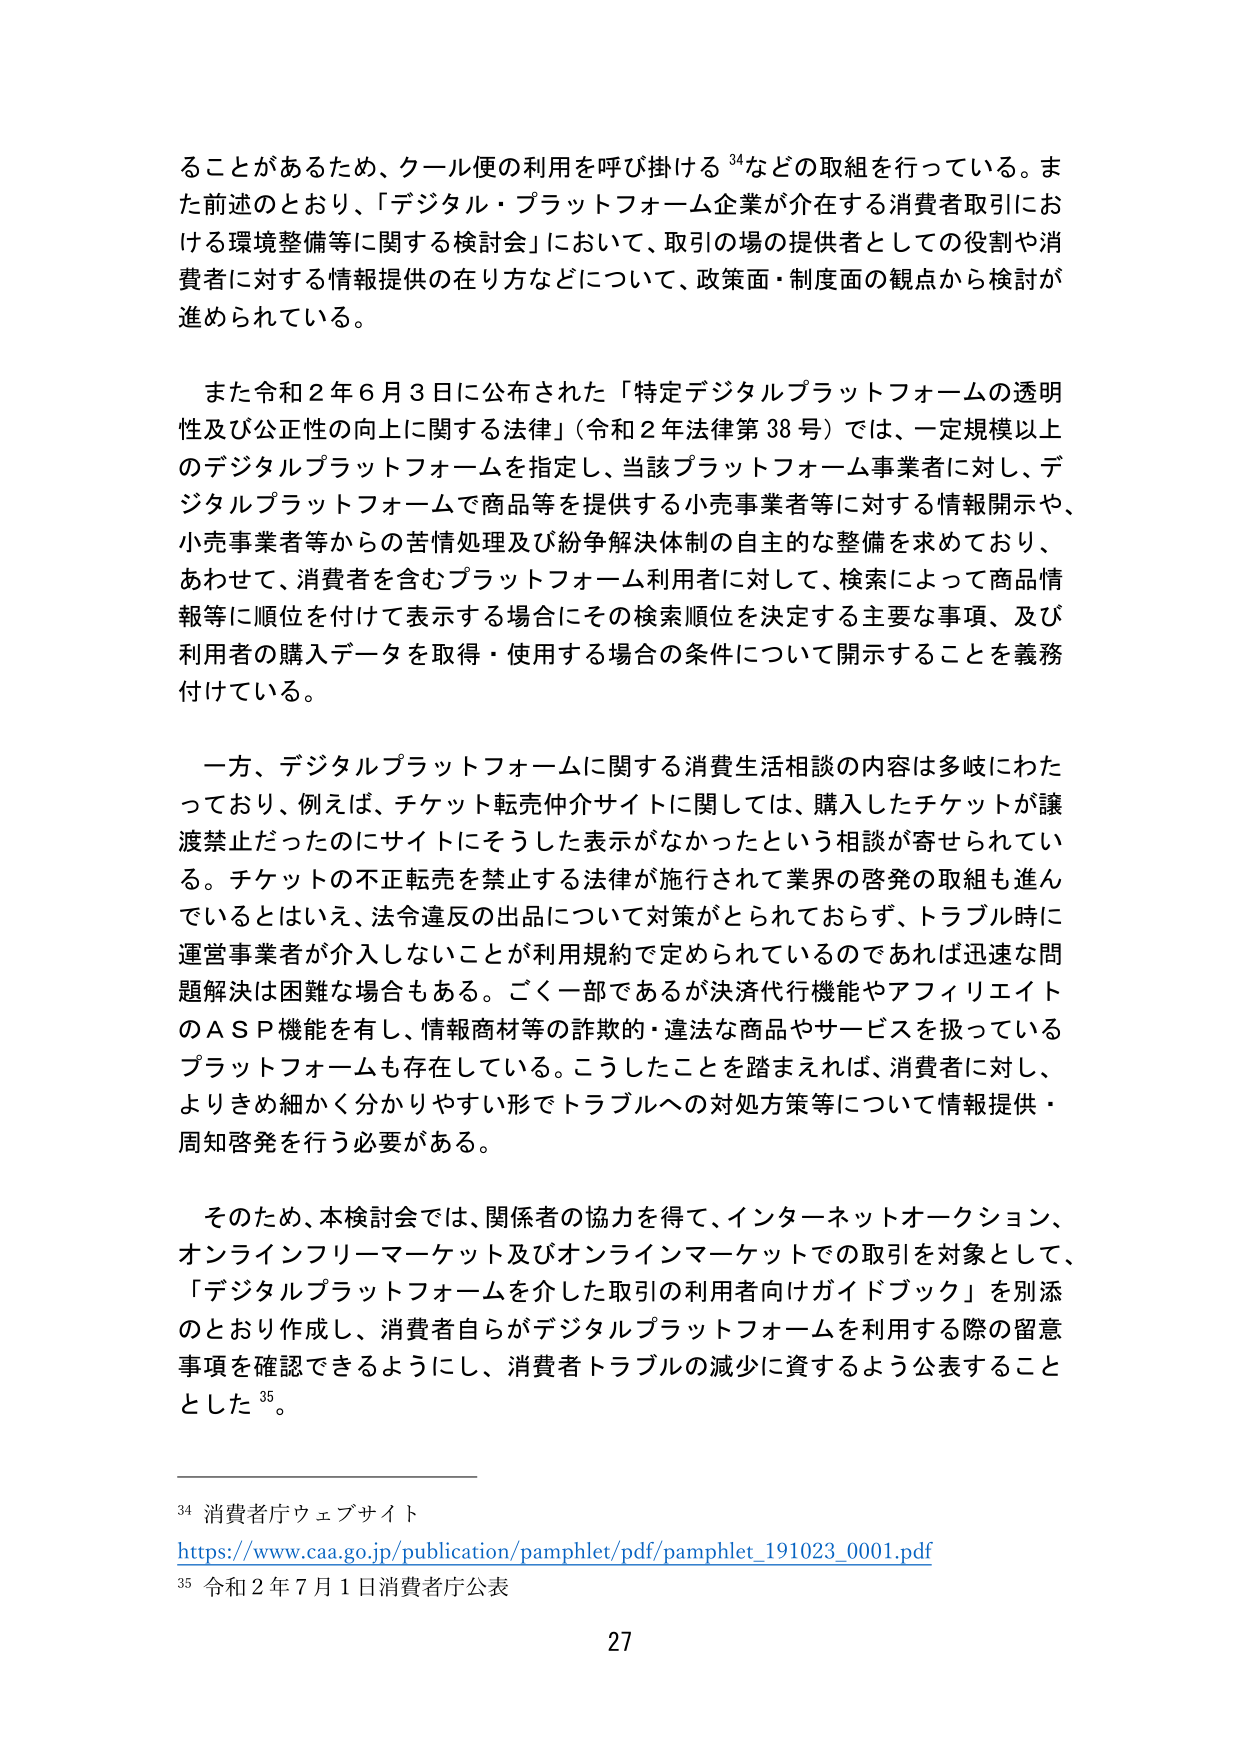
ることがあるため、クール便の利用を呼び掛ける34などの取組を行っている。また前述のとおり、「デジタル・プラットフォーム企業が介在する消費者取引における環境整備等に関する検討会」において、取引の場の提供者としての役割や消費者に対する情報提供の在り方などについて、政策面・制度面の観点から検討が進められている。

また令和２年６月３日に公布された「特定デジタルプラットフォームの透明性及び公正性の向上に関する法律」（令和２年法律第38号）では、一定規模以上のデジタルプラットフォームを指定し、当該プラットフォーム事業者に対し、デジタルプラットフォームで商品等を提供する小売事業者等に対する情報開示や、小売事業者等からの苦情処理及び紛争解決体制の自主的な整備を求めており、あわせて、消費者を含むプラットフォーム利用者に対して、検索によって商品情報等に順位を付けて表示する場合にその検索順位を決定する主要な事項、及び利用者の購入データを取得・使用する場合の条件について開示することを義務付けている。

一方、デジタルプラットフォームに関する消費生活相談の内容は多岐にわたっており、例えば、チケット転売仲介サイトに関しては、購入したチケットが譲渡禁止だったのにサイトにそうした表示がなかったという相談が寄せられている。チケットの不正転売を禁止する法律が施行されて業界の啓発の取組も進んでいるとはいえ、法令違反の出品について対策がとられておらず、トラブル時に運営事業者が介入しないことが利用規約で定められているのであれば迅速な問題解決は困難な場合もある。ごく一部であるが決済代行機能やアフィリエイトのASP機能を有し、情報商材等の詐欺的・違法な商品やサービスを扱っているプラットフォームも存在している。こうしたことを踏まえれば、消費者に対し、よりきめ細かく分かりやすい形でトラブルへの対処方策等について情報提供・周知啓発を行う必要がある。

そのため、本検討会では、関係者の協力を得て、インターネットオークション、オンラインフリーマーケット及びオンラインマーケットでの取引を対象として、「デジタルプラットフォームを介した取引の利用者向けガイドブック」を別添のとおり作成し、消費者自らがデジタルプラットフォームを利用する際の留意事項を確認できるようにし、消費者トラブルの減少に資するよう公表することとした35。

34 消費者庁ウェブサイト
https://www.caa.go.jp/publication/pamphlet/pdf/pamphlet_191023_0001.pdf
35 令和２年７月１日消費者庁公表
27